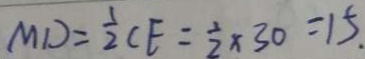
M D = \frac { 1 } { 2 } C E = \frac { 1 } { 2 } \times 3 0 = 1 5 .